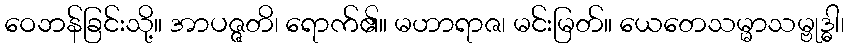
ဝေဘန်ခြင်းသို့။ အာပဇ္ဇတိ၊ ရောက်၏။ မဟာရာဇ၊ မင်းမြတ်။ ယေတေသမ္မာသမ္ဗုဒ္ဓါ၊